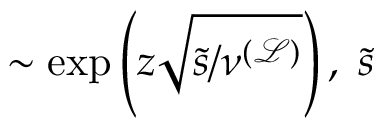
\sim \exp \left( z \sqrt { \tilde { s } / \nu ^ { \mathcal { ( L ) } } } \right) , \; \tilde { s }